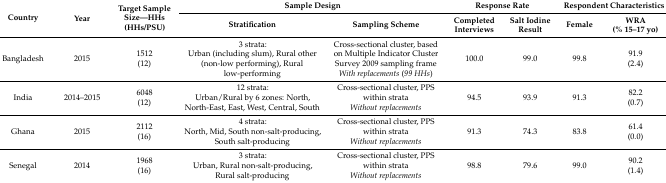
<table><thead><tr><td rowspan="2"><b>Country</b></td><td rowspan="2"><b>Year</b></td><td rowspan="2"><b>Target Sample Size—HHs(HHs/PSU)</b></td><td colspan="2"><b>Sample Design</b></td><td colspan="2"><b>Response Rate</b></td><td colspan="2"><b>Respondent Characteristics</b></td></tr><tr><td><b>Stratification</b></td><td><b>Sampling Scheme</b></td><td><b>Completed Interviews</b></td><td><b>Salt Iodine Result</b></td><td><b>Female</b></td><td><b>WRA(% 15–17 yo)</b></td></tr></thead><tbody><tr><td>Bangladesh</td><td>2015</td><td>1512(12)</td><td>3 strata:Urban (including slum), Rural other (non-low performing), Rural low-performing</td><td>Cross-sectional cluster, based on Multiple Indicator Cluster Survey 2009 sampling frame<i>With replacements</i> (<i>99 HHs</i>)</td><td>100.0</td><td>99.0</td><td>99.8</td><td>91.9(2.4)</td></tr><tr><td>India</td><td>2014–2015</td><td>6048(12)</td><td>12 strata:Urban/Rural by 6 zones: North, North-East, East, West, Central, South</td><td>Cross-sectional cluster, PPS within strata<i>Without replacements</i></td><td>94.5</td><td>93.9</td><td>91.3</td><td>82.2(0.7)</td></tr><tr><td>Ghana</td><td>2015</td><td>2112(16)</td><td>4 strata:North, Mid, South non-salt-producing, South salt-producing</td><td>Cross-sectional cluster, PPS within strata<i>Without replacements</i></td><td>91.3</td><td>74.3</td><td>83.8</td><td>61.4(0.0)</td></tr><tr><td>Senegal</td><td>2014</td><td>1968(16)</td><td>3 strata:Urban, Rural non-salt-producing, Rural salt-producing</td><td>Cross-sectional cluster, PPS within strata<i>Without replacements</i></td><td>98.8</td><td>79.6</td><td>99.0</td><td>90.2(1.4)</td></tr></tbody></table>